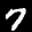
Label: 7